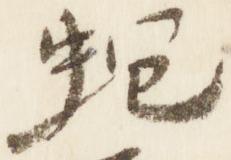
蚫